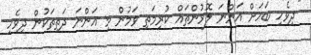
"ދިވެހި ބަހަށް އަންނަ ލޮޅުންތައް ކުރިމަތި ވަމުން މި އަންނަ ދަތިތަކުން ދިވެހި